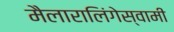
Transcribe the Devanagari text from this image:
मैलारालिंगेस्वामी